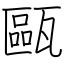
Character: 甌